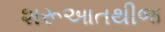
શરૂઆતથીજ